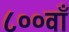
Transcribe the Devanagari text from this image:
८००वाँ